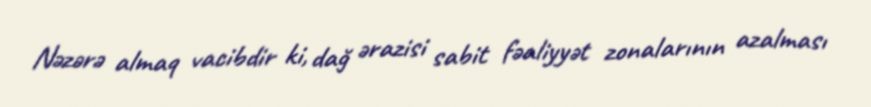
Nəzərə almaq vacibdir ki, dağ ərazisi sabit fəaliyyət zonalarının azalması